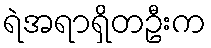
ရဲအရာရှိတဦးက